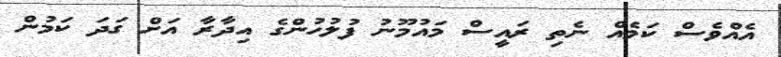
އެއްވެސް ކަމެއް ނެތި ރައީސް މައުމޫނު ފުލުހުންގެ އިދާރާ އަށް ގަދަ ކަމުން